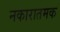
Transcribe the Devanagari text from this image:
नकारातमक